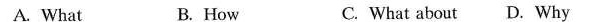
A. What B. How C. What about D. Why